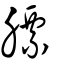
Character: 膘